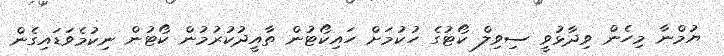
ޔުމްނާ މިހެން ވިދާޅުވީ ސިވިލް ކޯޓުގެ ހުކުމަށް ހައިކޯޓުން ތާއީދުކުރުމުން ކޯޓުން ނިކުމެވަޑައިގެން